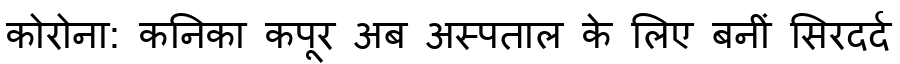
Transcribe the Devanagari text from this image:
कोरोना: कनिका कपूर अब अस्पताल के लिए बनीं सिरदर्द